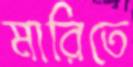
মারিতে